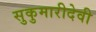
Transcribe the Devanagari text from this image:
सुकुमारीदेवी